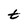
Character: t